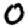
Digit: 0